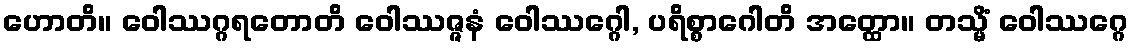
ဟောတိ။ ဝေါဿဂ္ဂရတောတိ ဝေါဿဇ္ဇနံ ဝေါဿဂ္ဂေါ, ပရိစ္စာဂေါတိ အတ္ထော။ တသ္မိံ ဝေါဿဂ္ဂေ